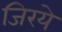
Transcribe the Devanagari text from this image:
जिरये